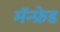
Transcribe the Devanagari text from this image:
मॅन्फ्रेड